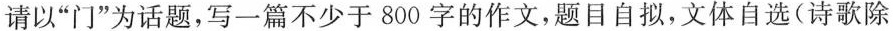
请以”门”为话题，写一篇不少于800字的作文，题目自拟，文体自选(诗歌除